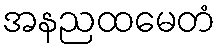
အနညထမေတံ